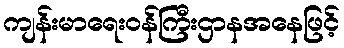
ကျန်းမာရေးဝန်ကြီးဌာနအနေဖြင့်